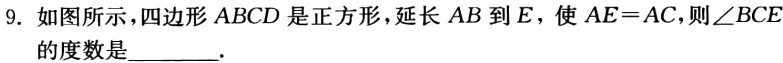
9. 如图所示，四边形 \(ABCD\) 是正方形，延长 \(AB\) 到 \(E\)，使 \(AE = AC\)，则\(\angle BCE\)的度数是________.